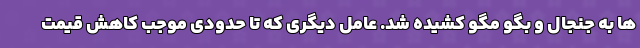
ها به جنجال و بگو مگو کشیده شد. عامل دیگری که تا حدودی موجب کاهش قیمت